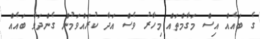
ގެ ބައެއް އިސް މަގާމްތައް މިހާރު ވެސް އަދާ ކުރައްވަމުން ގެންދަވާ ބައެއް